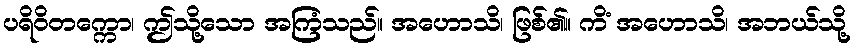
ပရိဝိတက္ကော၊ ဤသို့သော အကြံသည်။ အဟောသိ၊ ဖြစ်၏။ ကိံ အဟောသိ၊ အဘယ်သို့